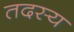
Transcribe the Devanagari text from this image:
तदस्य